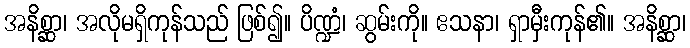
အနိစ္ဆာ၊ အလိုမရှိကုန်သည် ဖြစ်၍။ ပိဏ္ဍံ၊ ဆွမ်းကို။ ဧသနာ၊ ရှာမှီးကုန်၏။ အနိစ္ဆာ၊